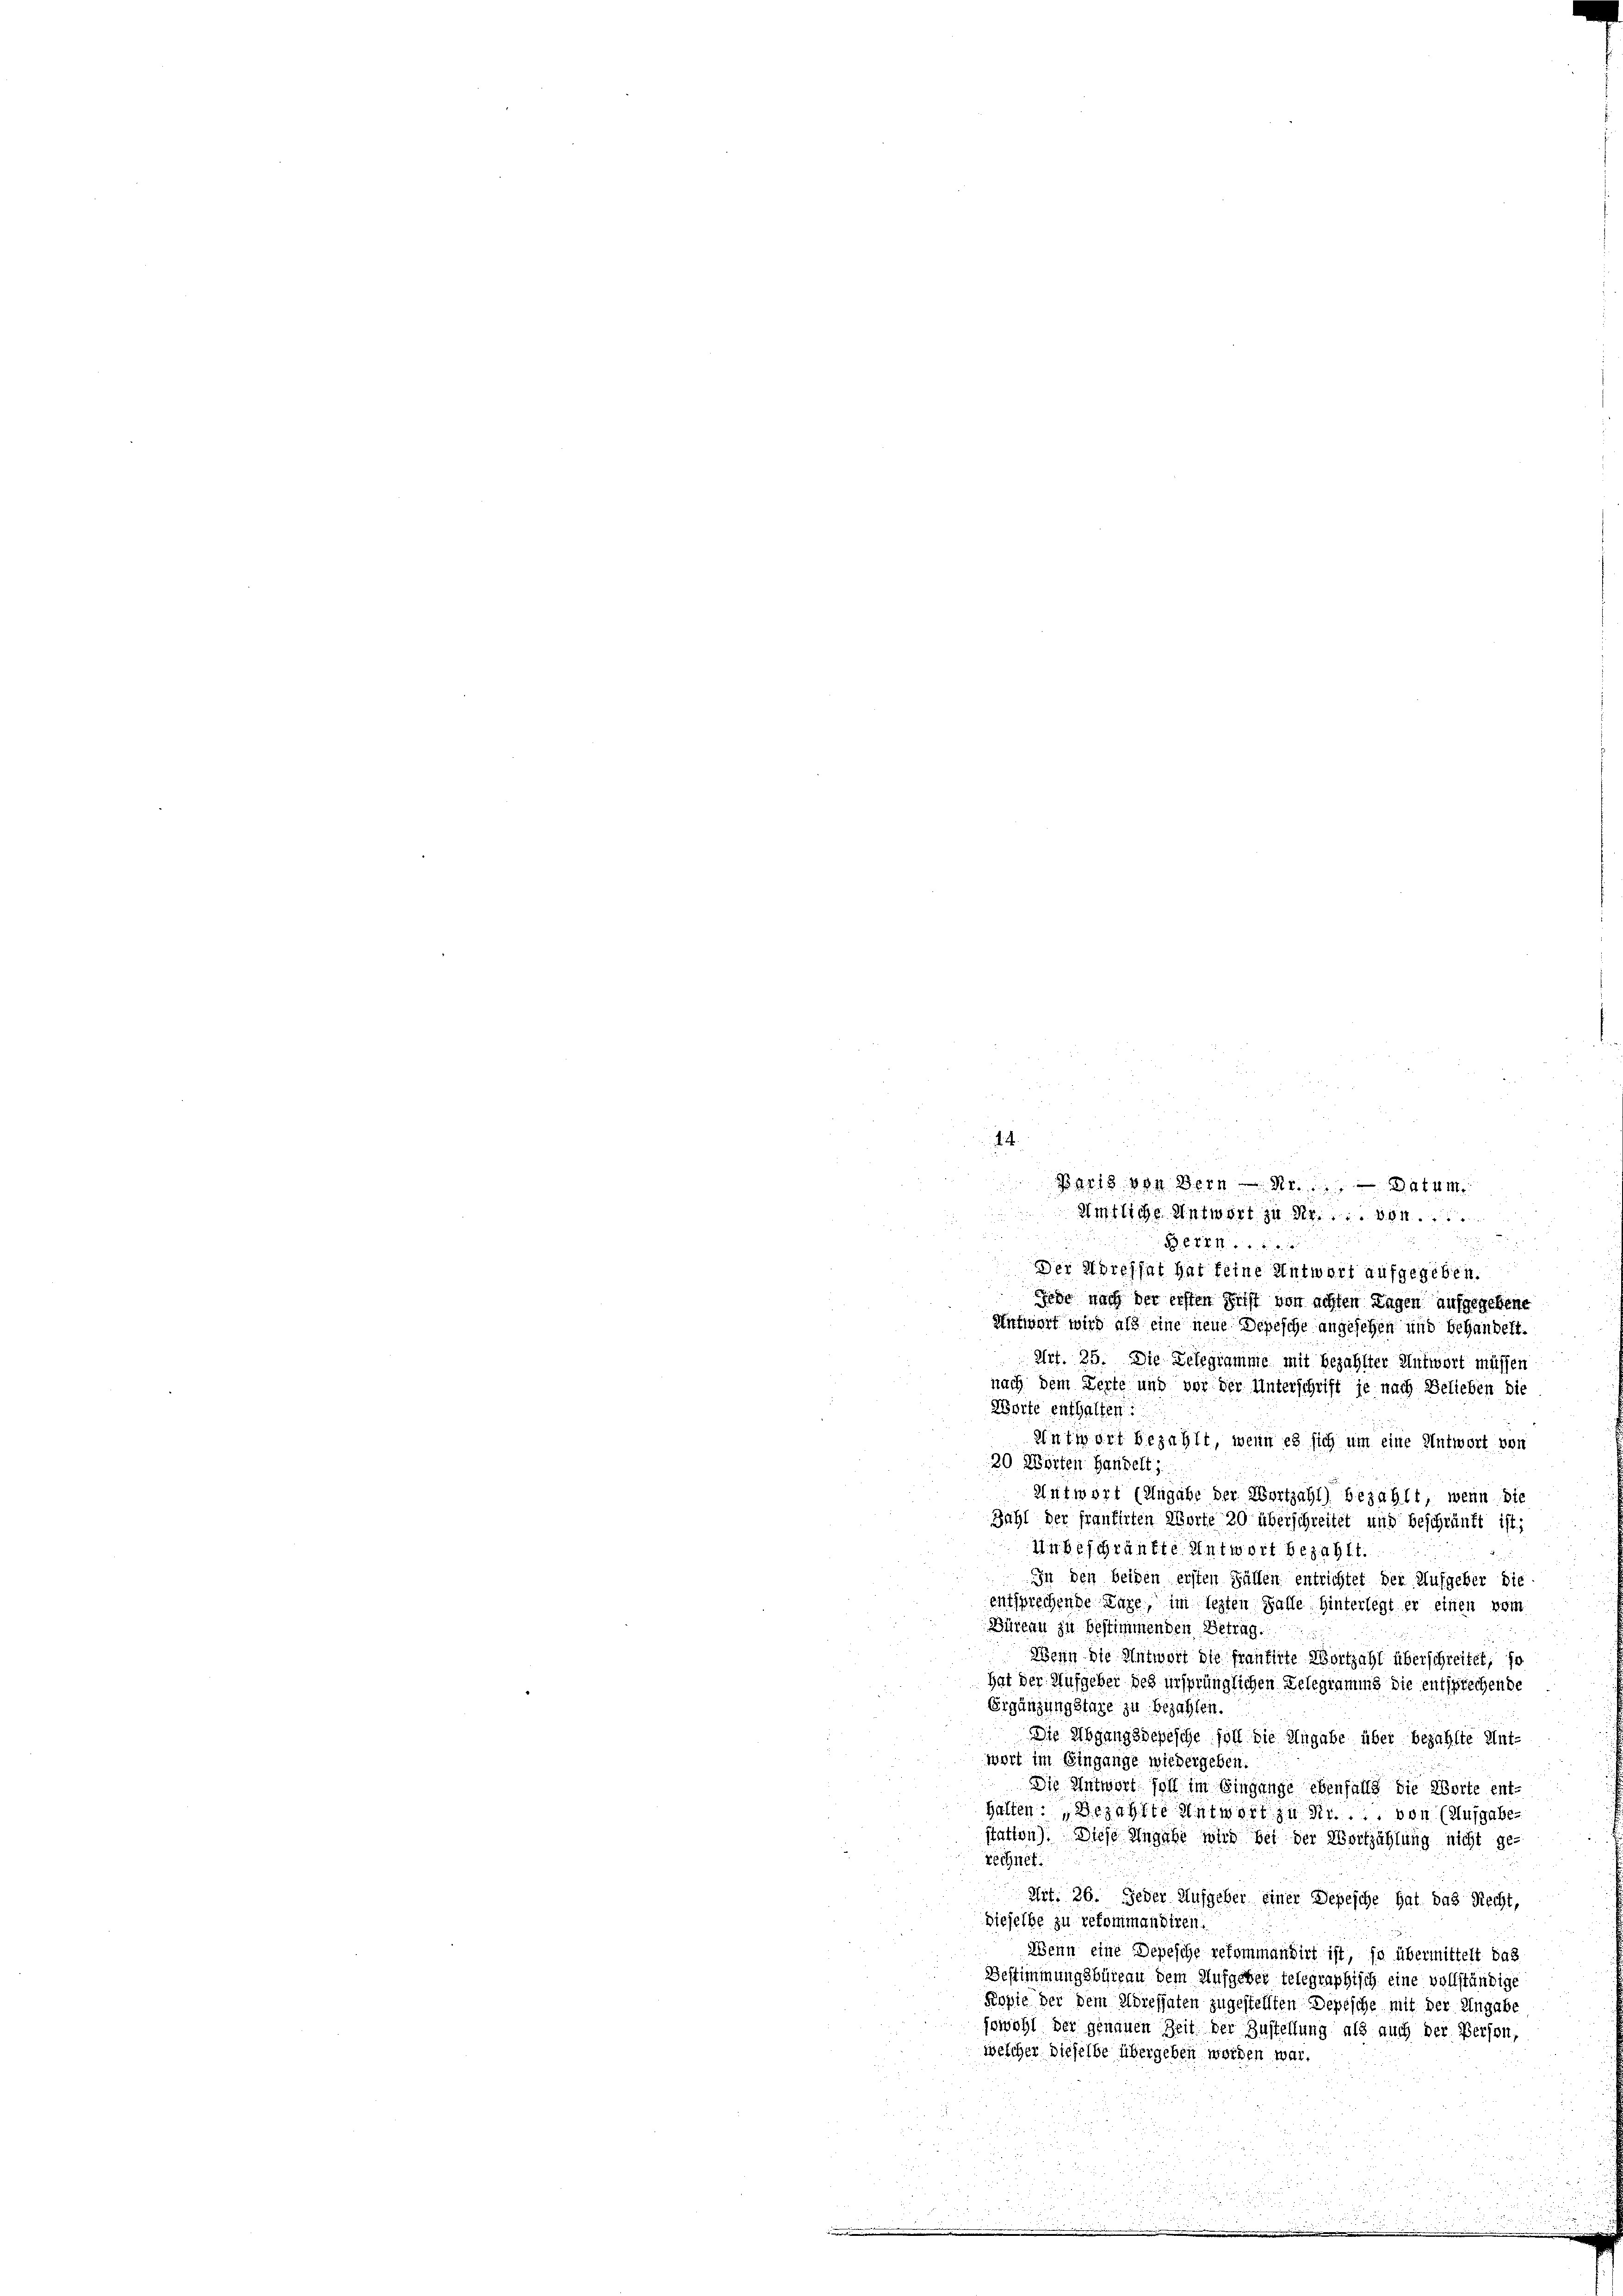
B. 6. 8. 112 f 0 x
Der Morelsat hat feine Antwort aufgegeben.
Jede nach der ersten Frist von achten Tagen aufgegebene
Aufwart wird als eine neue Depesche angesehen und behandelt.
Art. 25. Die Delegramme mit Bezahlter Antwort müssen
nach dem Zerte und vor der Unterschrift je nach Belieben die
Worte enthalten:
Antwort bezahlt, wenn es sich um eine Antwort von
20 Wörten Handelt,
Antwort (engabe der Wortzahl) bezahlt, wenn die
Zahl der frantirten Worte 20 überschreitet und beschränkt ist;
Wiebeschränkte Antwort bezahlt.
In den beiden ersten Fällen entrichtet der Aufgeber die
entsprechende Lage, im lezten Falle hinterlegt er einen vom
Büreau zu bestimmenden Betrag.
Wenn die Antwort die Prantirte Wortzahl überschreitet, so
hat der Aufgeber des ursprünglichen Gelegramms die entsprechende
Ergänzungstage zu bezahlen.
Die Abgangsdepesche soll die Angabe über bezahlte Ant-
wort im Eingange wiedergeben.
Die Antwort soll im Eingange ebenfalls die Worte ent-
halten: „Bezahlte Antwort zu Nr.... von (Ausgabe-
station). Diese Angabe wird bei der Wortzählung nicht ge-
rechnet.
Art. 26. Jeder Aufgeber einer Depesche hat das Recht,
Dieselbe zu gekommendiren.
Wenn eine Depesche retommandirt ist, so übermittelt das
Bestimmungsbüreau dem Aufgeber telegraphisch eine vollständige
Kopie der dem Adressaten zugestellten Depesche mit der Angabe
jewohl der genauen Zeit der Zustellung als auch der Person,
welcher dieselbe übergeben worden war.
2
d
un

we

.
Bari von Bern  ..  Datum
emliche Antwort zu Nr. 301